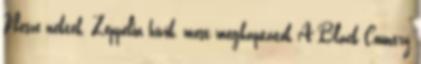
Nesze nektek, Zeppelin hívők, most megkaptátok A Black Country